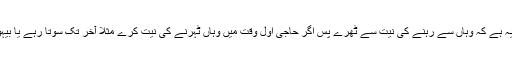
(۳۶۷) وقوف میں معتبر یہ ہے کہ وہاں سے رہنے کی نیت سے ٹھرے پس اگر حاجی اول وقت میں وہاں ٹہرنے کی نیت کرے مثلا آخر تک سوتا رہے یا بیہوش رہے تو یہ کافی ہے۔